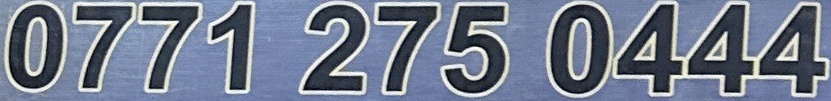
0771 275 0444